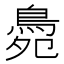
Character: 䳃